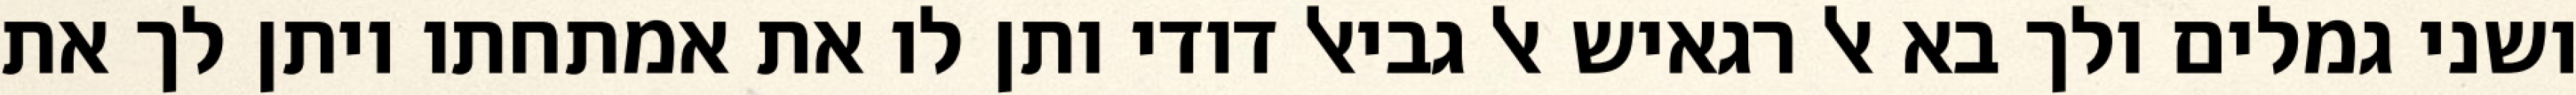
ושני גמלים ולך בא אל רגאיש אל גביאל דודי ותן לו את אמתחתו ויתן לך את